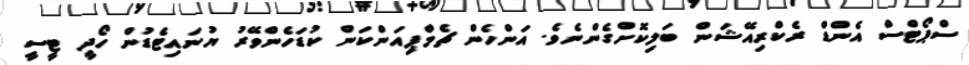
ސްޕޯޓްސް އެންޑް ރެކްރިއޭޝަން ބަލިކޮށްގެންނެވެ. އަންހެން ޗެމްޕިއަންކަން ކުޑަހެންވޭރު ޔުނައިޓެޑުން ހޯދީ ޓީސީ